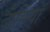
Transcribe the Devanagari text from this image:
दासियॉ